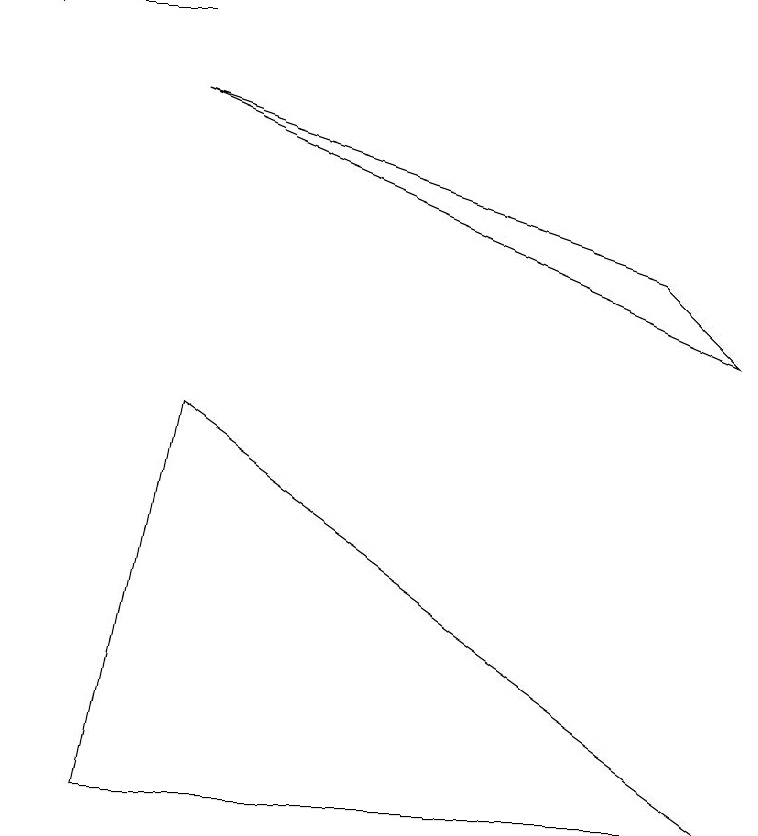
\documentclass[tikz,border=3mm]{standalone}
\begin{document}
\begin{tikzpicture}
\draw[->] (2,10) -- (0,10);
\draw (2,5) -- (1,0) -- (9,0) -- cycle;
\draw (2,9) -- (8,7) -- (9,6) -- cycle;
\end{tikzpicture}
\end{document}